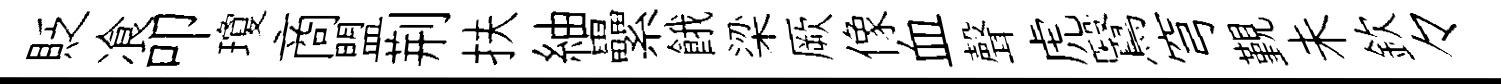
貶飡叩瓊商盟荆扶紬纍餓梁厥像血聲虎鷖穹覲未欽々